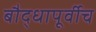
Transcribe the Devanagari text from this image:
बौद्धापूर्वीच